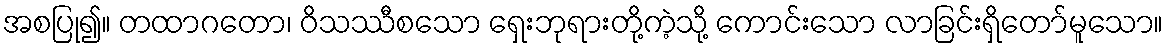
အစပြု၍။ တထာဂတော၊ ဝိသဿီစသော ရှေးဘုရားတို့ကဲ့သို့ ကောင်းသော လာခြင်းရှိတော်မူသော။